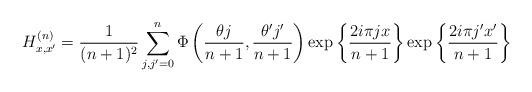
LaTeX: \begin{align*}H_{x,x'}^{(n)} =\frac{1}{(n+1)^2}\sum_{j,j'=0}^n\Phi\left(\frac{\theta j}{n+1}, \frac{\theta' j'}{n+1}\right) \exp\left\{\frac{ 2i\pi j x}{n+1}\right\} \exp\left\{\frac{ 2i\pi j'x'}{n+1}\right\}\end{align*}